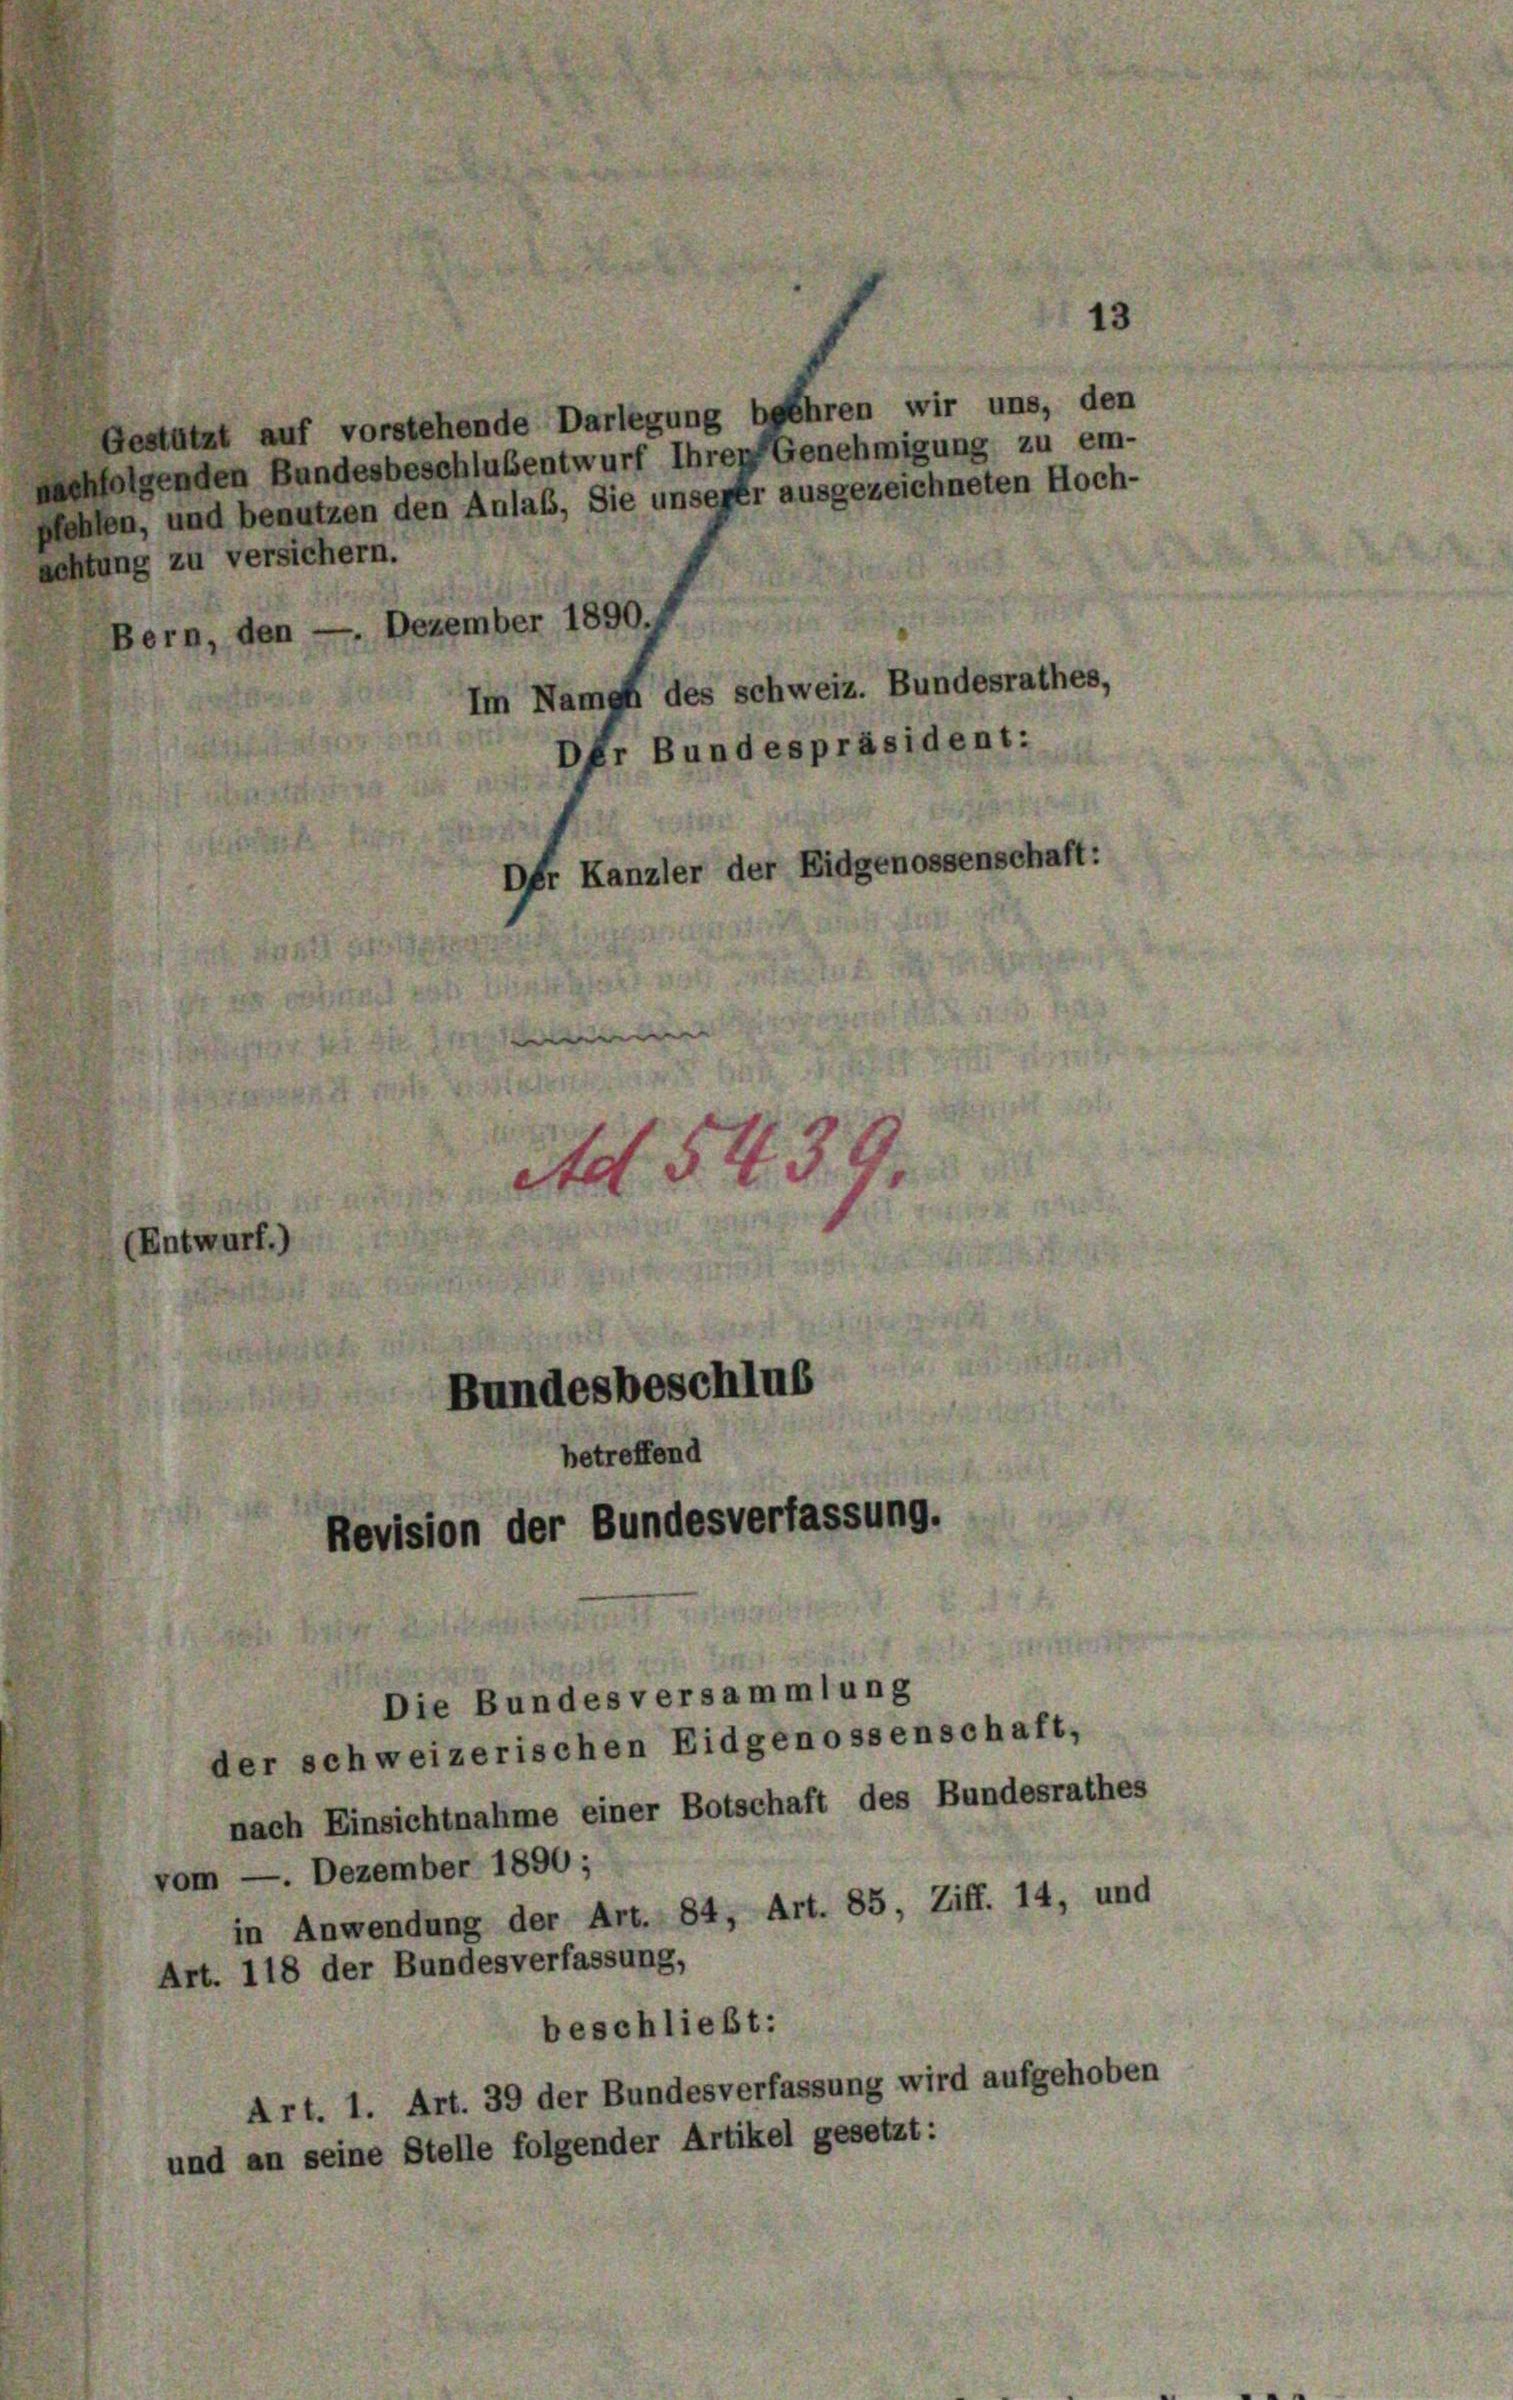
(Entwurf.)

Gestützt auf vorstehende Darlegung beehren wir uns, den
nachfolgenden Bundesbeschlusentwurf Ihrer Genehmigung zu em-
pfehlen, und benutzen den Anlass, Sie unserer ausgezeichneten Hoch-
achtung zu versichern.
Bern, den — Dezember 1890.
Im Nampf des Schweiz. Bundesrathes,
Der Bundespräsident:
Der Kanzler der Eidgenossenschaft:
tdt. 543.
Bundesbeschlus
betreffend
Revision der Bundesverfassung.
Die Bundes versammlung
der schweizerischen Eidgenossenschaft,
nach Einsichtnahme einer Botschaft des Bundesrathes
vom —. Dezember 1890;
in Anwendung der Art. 84, Art. 85, Ziff. 14, und
Art. 118 der Bundesverfassung,
beschließt:
Art. 1. Art. 39 der Bundesverfassung wird aufgehoben
und an seine Stelle folgender Artikel gesetzt: